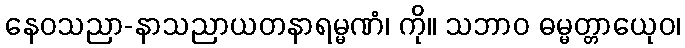
နေဝသညာ-နာသညာယတနာရမ္မဏံ၊ ကို။ သဘာဝ ဓမ္မတ္တာယေုဝ၊